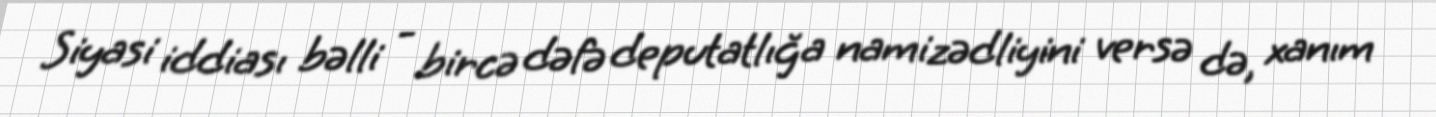
Siyasi iddiası bəlli - bircə dəfə deputatlığa namizədliyini versə də, xanım